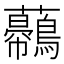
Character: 𧅿